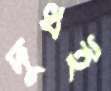
দুধই